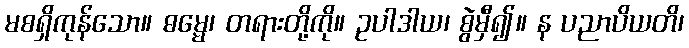
မစရှိကုန်သော။ ဓမ္မေ၊ တရားတို့ကို။ ဥပါဒါယ၊ စွဲမှီ၍။ န ပညာပိယတိ၊